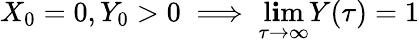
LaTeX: X_{0}=0,Y_{0}>0\implies\operatorname*{l\mathbf{i}m}_{\tau\to\infty}Y(\tau)=1